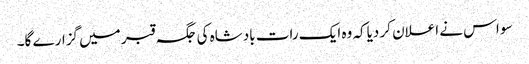
سو اس نے اعلان کر دیاکہ وہ ایک رات بادشاہ کی جگہ قبر میں گزارے گا۔